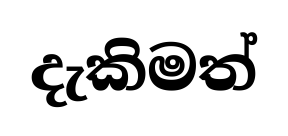
දැකිමත්